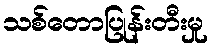
သစ်တောပြုန်းတီးမှု